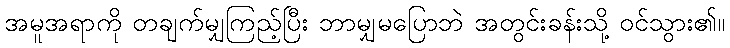
အမူအရာကို တချက်မျှကြည့်ပြီး ဘာမျှမပြောဘဲ အတွင်းခန်းသို့ ဝင်သွား၏။